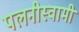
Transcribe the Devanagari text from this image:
पलनीस्वामी